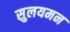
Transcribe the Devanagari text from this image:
सुलयमन